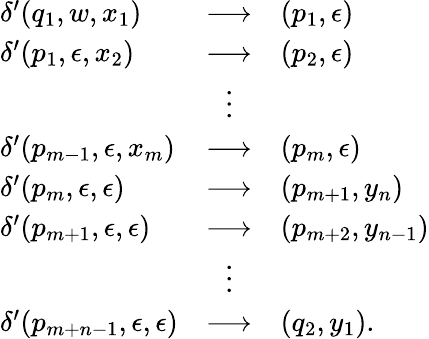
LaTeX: {\begin{array}{lcl}{\delta^{\prime}(q_{1},w,x_{1})}&{\longrightarrow}&{(p_{1},\epsilon)}\\ {\delta^{\prime}(p_{1},\epsilon,x_{2})}&{\longrightarrow}&{(p_{2},\epsilon)}\\ &{\vdots}&\\ {\delta^{\prime}(p_{m-1},\epsilon,x_{m})}&{\longrightarrow}&{(p_{m},\epsilon)}\\ {\delta^{\prime}(p_{m},\epsilon,\epsilon)}&{\longrightarrow}&{(p_{m+1},y_{n})}\\ {\delta^{\prime}(p_{m+1},\epsilon,\epsilon)}&{\longrightarrow}&{(p_{m+2},y_{n-1})}\\ &{\vdots}&\\ {\delta^{\prime}(p_{m+n-1},\epsilon,\epsilon)}&{\longrightarrow}&{(q_{2},y_{1}).}\end{array}}